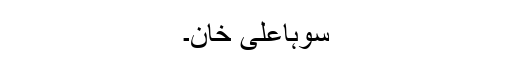
سوہاعلی خان۔